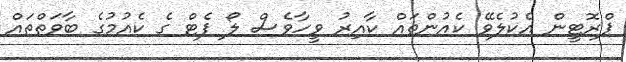
ޕްރޮޓީން އެކުލެވޭ ކެއުންތައް ކާއިރު ވީހާވެސް ލޯ ފެޓް ގެ ކެއުމުގެ ބާވަތްތައް